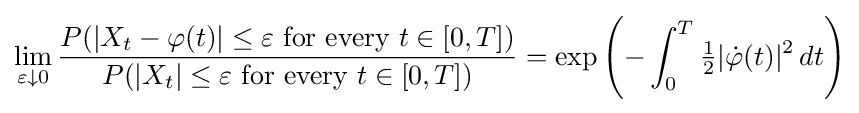
\lim _{\varepsilon \downarrow 0}{\frac {P(|X_{t}-\varphi (t)|\leq \varepsilon {\text{ for every }}t\in [0,T])}{P(|X_{t}|\leq \varepsilon {\text{ for every }}t\in [0,T])}}=\exp \left(-\int _{0}^{T}{\tfrac {1}{2}}|{\dot {\varphi }}(t)|^{2}\,dt\right)